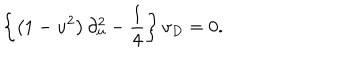
LaTeX: \left\{ \left( 1 - u ^ { 2 } \right) \partial _ { u } ^ { 2 } - \frac { 1 } { 4 } \right\} v _ { D } = 0 .